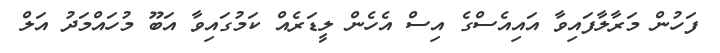
ފަހުން މަރާލާފައިވާ އައިއެސްގެ އިސް އެހެން ލީޑަރެއް ކަމުގައިވާ އަބޫ މުހައްމަދު އަލް